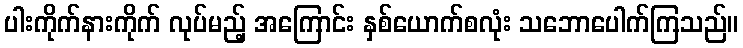
ပါးကိုက်နားကိုက် လုပ်မည့် အကြောင်း နှစ်ယောက်စလုံး သဘောပေါက်ကြသည်။